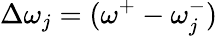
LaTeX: \Delta\omega_{j}=(\omega^{+}-\omega_{j}^{-})